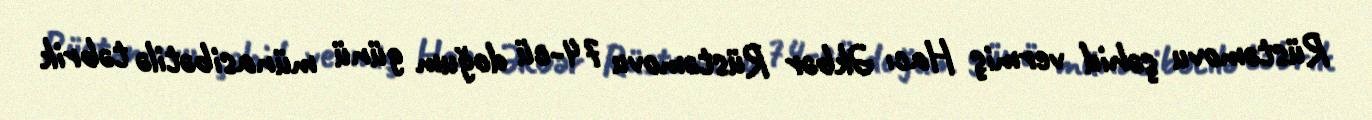
Rüstəmovu şəhid vermiş Hacı Əkbər Rüstəmovu 74-cü doğum günü münasibətilə təbrik